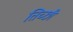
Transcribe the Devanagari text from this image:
तिच्छी